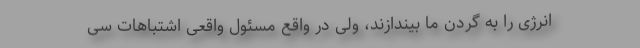
انرژی را به گردن ما بیندازند، ولی در واقع مسئول واقعی اشتباهات سی